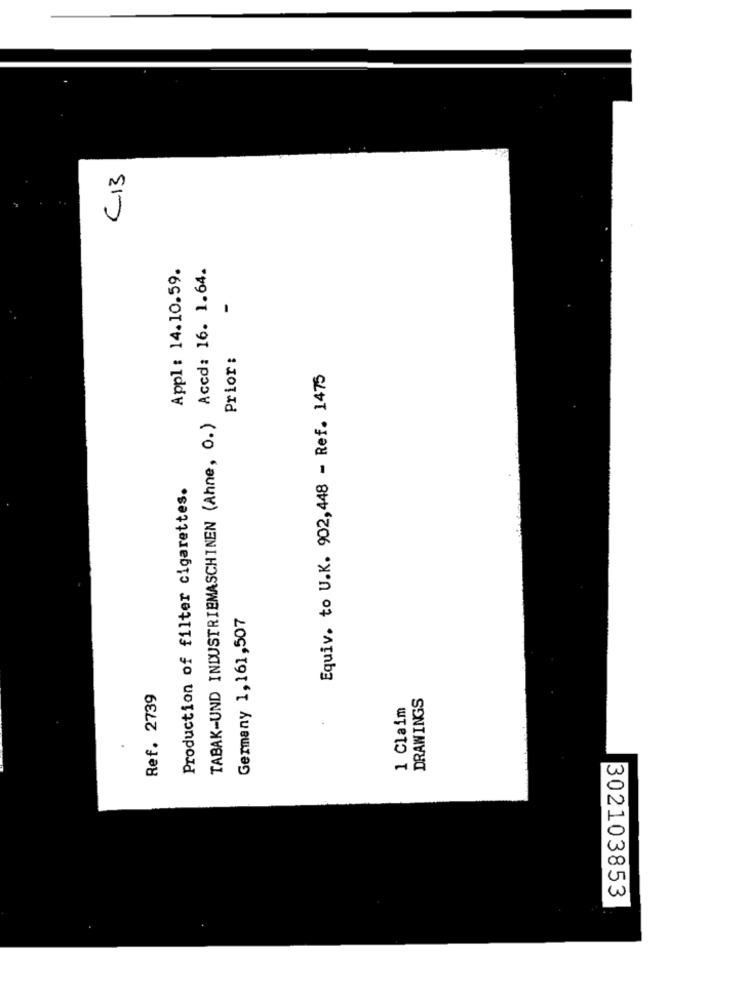
C13
Appl : 14.10.59.
TABAK-UND INDUSTRIEMASCHINEN (Ahne, O.) Accd: 16. 1.64.
-
Prior :
Equiv. to U.K. 902,448 - Ref. 1475
Production of filter cigarettes.
Germany 1,161,507
Ref. 2739
DRAWINGS
1 Claim
302103853